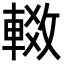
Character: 𬧶